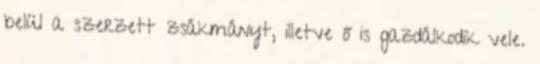
belül a szerzett zsákmányt, illetve ő is gazdálkodik vele.